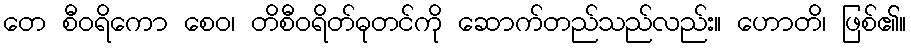
တေ စီဝရိကော စေဝ၊ တိစီဝရိတ်ဓုတင်ကို ဆောက်တည်သည်လည်း။ ဟောတိ၊ ဖြစ်၏။